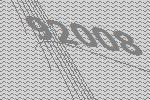
92008